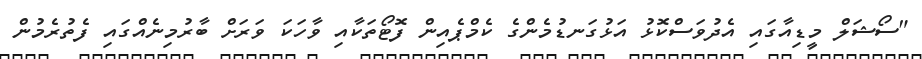
"ސޯޝަލް މީޑިއާގައި އެދުވަސްކޮޅު އަޅުގަނޑުމެންގެ ކެމްޕެއިން ފޮޓޯތަކާއި ވާހަކަ ވަރަށް ބާރުމިނެއްގައި ފެތުރެމުން